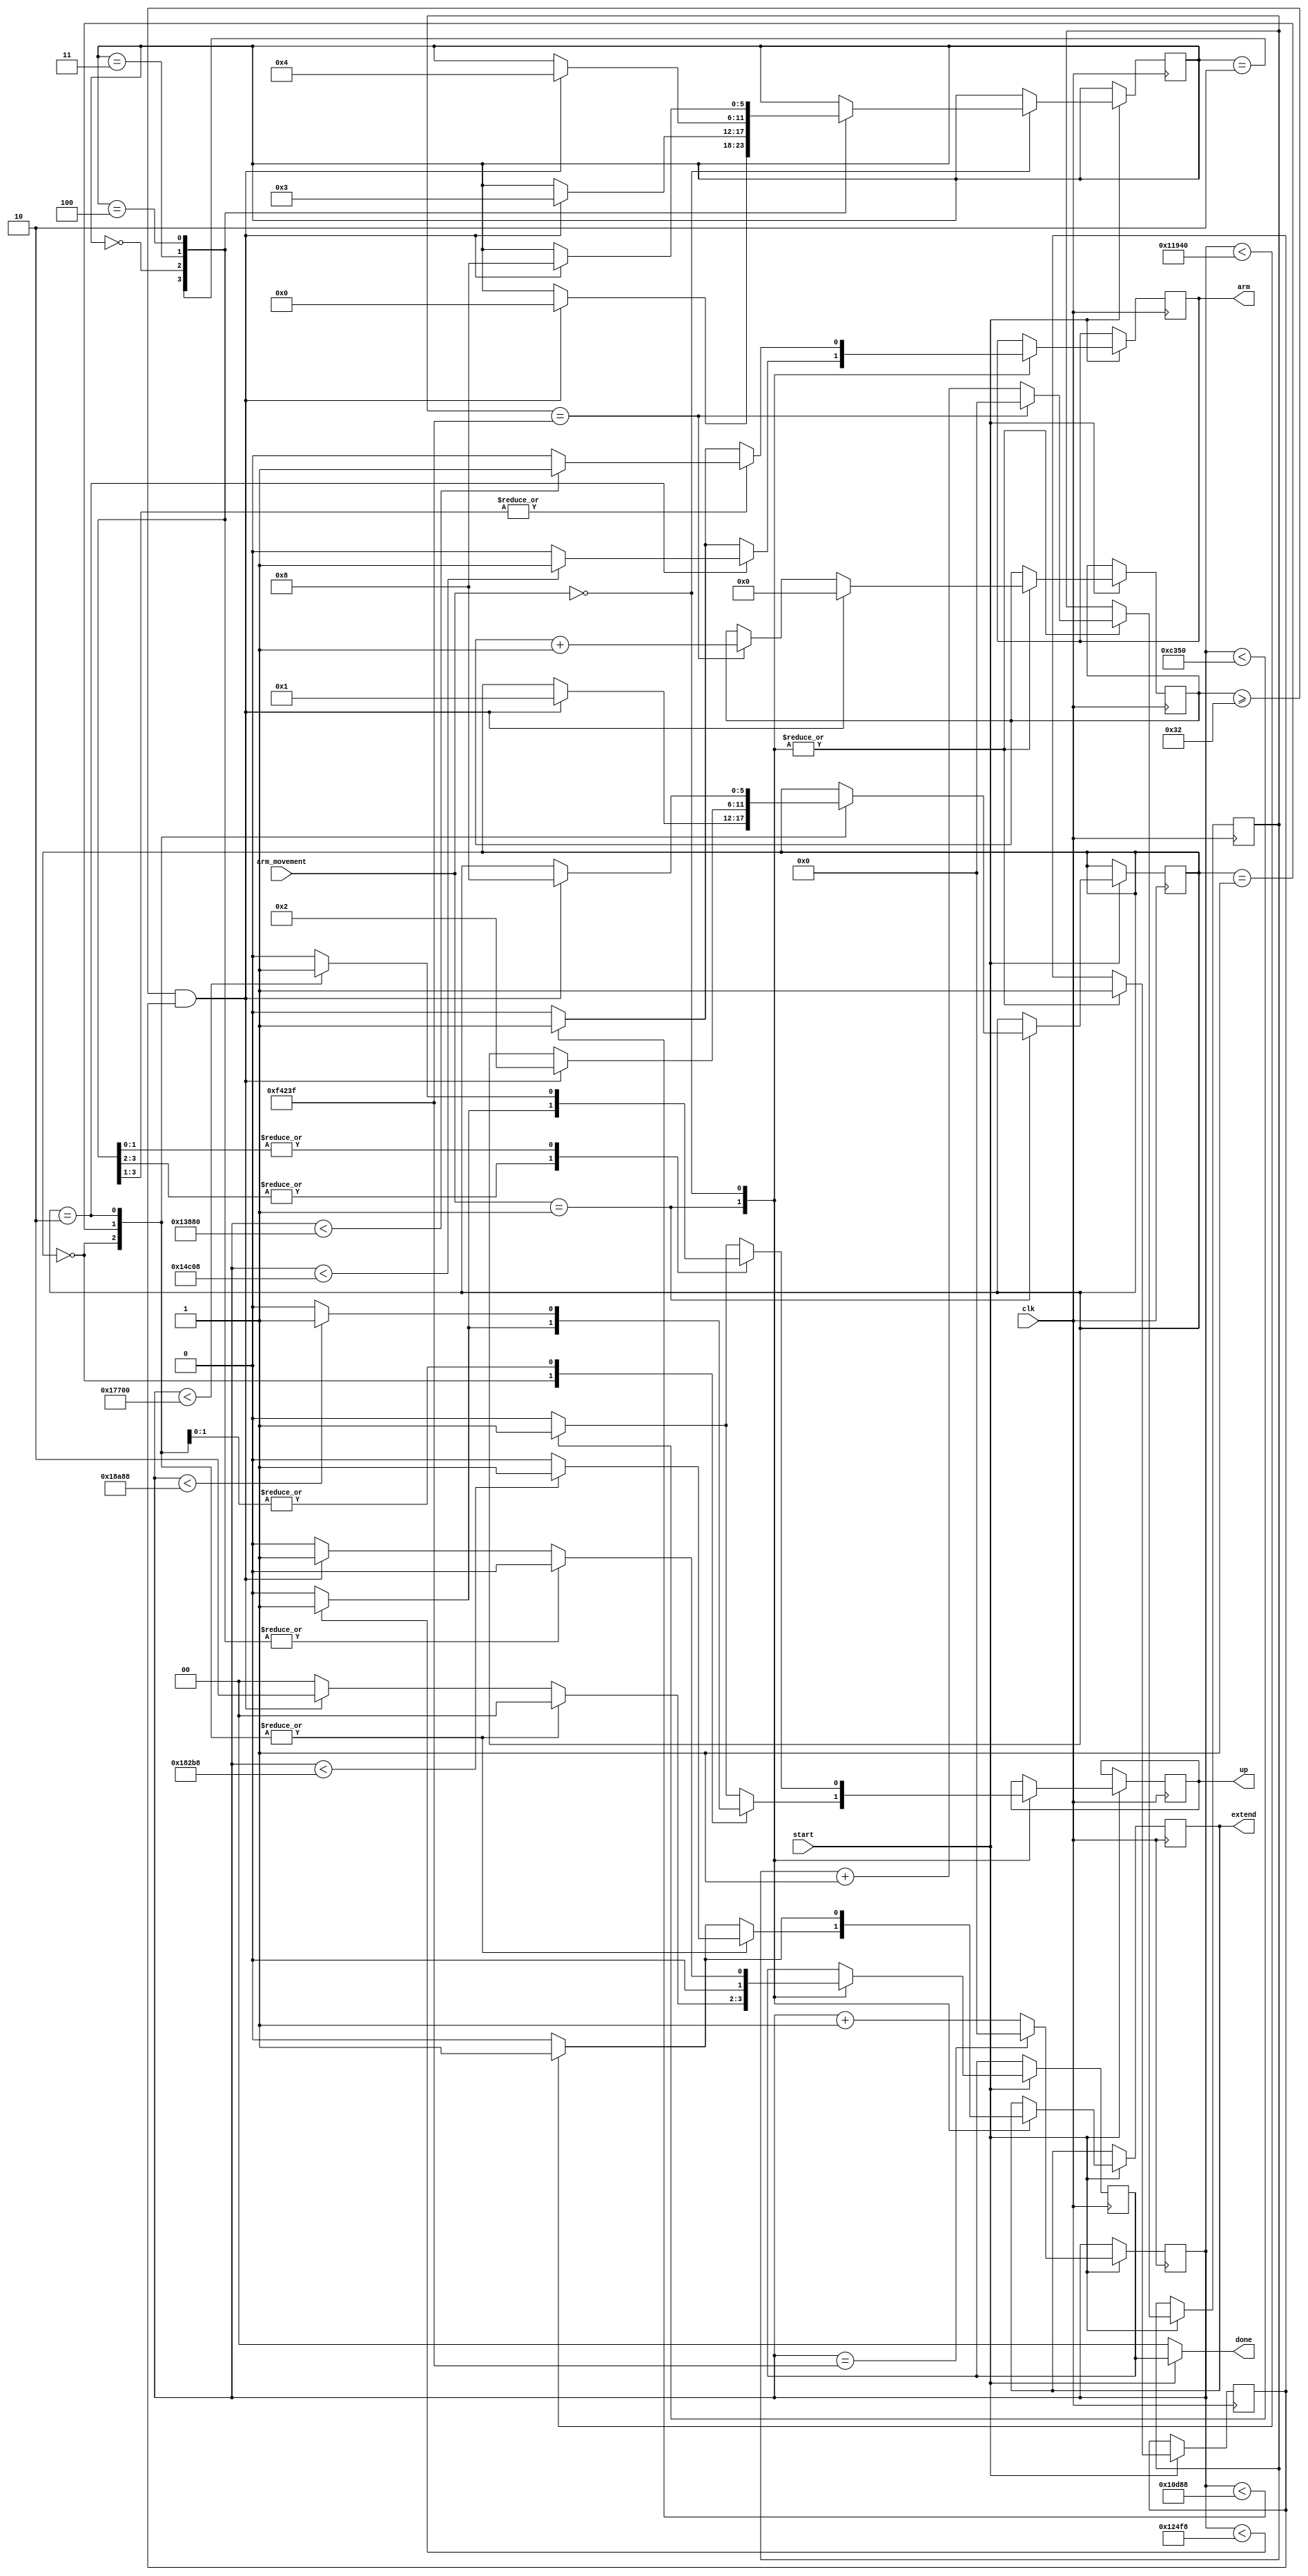
module SB_3320_pick_place(
	input clk,
	input start,
	input [5:0]arm_movement,
	output arm,
	output up,
	output extend,
	output [1:0]done
);
parameter 
	arm_extend = 6'd0,
	arm_up = 6'd1,
	arm_open = 6'd2,
	pick = 6'd3,
	grab = 6'd4,
	arm_movement_pick=6'd0,
	arm_movement_place=6'd1;

	
reg [20: 0] counter;
reg [5:0] state = 6'd0;
reg [5:0] state_2 = 6'd0;
reg servo_arm;
reg servo_up;
reg servo_extend;
reg done_current;
reg [1:0] done_temp=2'd0;
reg [20:0] clock_counter;
reg [10:0] clk_wait;

always @ (posedge clk) if(start==1'b1)


begin


	counter <= counter + 21'd1;
	if(counter == 21'd999999)
		counter <= 21'd0;

case(arm_movement)

	arm_movement_place  : begin
									done_temp = 2'd0;
									
									case(state_2)
									
										arm_extend: begin
															clock_counter <= clock_counter + 1;
															if(clock_counter == 21'd999999) begin
																clock_counter <= 0;
																clk_wait <= clk_wait + 1;
															end
															if(clk_wait >= 11'd50 && done_current) begin
																clk_wait <= 11'd0;
																done_current <= 1'd0;
																state_2 <= arm_up;
															end
															
															//condition for arm to extend (extend == open)
															if(counter < 21'd99000)
																servo_extend <= 1'b1;
															else
																servo_extend <= 1'b0;
																
																
															//all of the remaing states
															if(counter < 21'd69000) 
																servo_arm <= 1'b1;
															else	
																servo_arm <= 1'b0;
																
															if(counter < 21'd75000)
																servo_up <= 1'b1;
															else	
																servo_up <= 1'b0;
																
															done_current <= 1'd1;
														end
										
										
									arm_up: 		begin
															clock_counter <= clock_counter + 1;
															if(clock_counter == 21'd999999) begin
																clock_counter <= 0;
																clk_wait <= clk_wait + 1;
															end
															if(clk_wait >= 11'd50 && done_current) begin
																clk_wait <= 11'd0;
																done_current <= 1'd0;
																state_2 <= arm_open;
															end
															
															//arm is geeting down (up = open)
															if(counter < 21'd101000)
																servo_up <= 1'b1;
															else	
																servo_up <= 1'b0;
															
															//all the remaing states
															if(counter < 21'd69000) 
																servo_arm <= 1'b1;
															else	
																servo_arm <= 1'b0;
																
															if(counter < 21'd99000)
																servo_extend <= 1'b1;
															else
																servo_extend <= 1'b0;
																
															done_current <= 1'd1;
														end
										
								arm_open: 	begin 
														clock_counter <= clock_counter + 1;
														if(clock_counter == 21'd999999) begin
															clock_counter <= 0;
															clk_wait <= clk_wait + 1;
														end
														if(clk_wait >= 11'd50 && done_current) begin
															clk_wait <= 11'd0;
															done_current <= 1'd0;
															state_2 <= 6'd8;
														end
														
														
														//arm claw is beign open up (arm == open)
														
														if(counter < 21'd85000) 
															servo_arm <= 1'b1;
														else	
															servo_arm <= 1'b0;
														
														
														//all the remaing states
														if(counter < 21'd99000)
															servo_extend <= 1'b1;
														else
															servo_extend <= 1'b0;
															
															
														if(counter < 21'd101000)
															servo_up <= 1'b1;
														else	
															servo_up <= 1'b0;
															
															
														done_current <= 1'd1;
														
													end
											
											
							 default: begin
											
												clock_counter <= clock_counter + 1;
														if(clock_counter == 21'd999999) begin
															clock_counter <= 0;
															clk_wait <= clk_wait + 1;
														end
														if(clk_wait >= 11'd50 && done_current) begin
															clk_wait <= 11'd0;
															done_current <= 1'd0;
															done_temp=2'd2;
														end
												
											
												if(counter < 21'd69000) 
													servo_arm <= 1'b1;
												else	
													servo_arm <= 1'b0;
													
													
												if(counter < 21'd72000)
													servo_extend <= 1'b1;
												else
													servo_extend <= 1'b0;
													
													
												if(counter < 21'd50000)
													servo_up <= 1'b1;
												else	
													servo_up <= 1'b0;
													
												done_current <= 1'd1;
													
													
											end
										
										
									endcase	
												  end
	
arm_movement_pick : begin
							done_temp = 2'd0;
									case(state)
									arm_open: begin
										clock_counter <= clock_counter + 1;
									if(clock_counter == 21'd999999) begin
										clock_counter <= 0;
										clk_wait <= clk_wait + 1;
									end
									if(clk_wait >= 11'd50 && done_current) begin
										clk_wait <= 11'd0;
										done_current <= 1'd0;
										state <= arm_extend;

									end
									
										if(counter < 21'd80000)
											servo_arm <= 1;
									else
										servo_arm <= 0;
										
									//state of arm close

									if(counter < 21'd75000)
											servo_up <= 1;
									else 
											servo_up <= 0;


									if(counter < 21'd72000)
											servo_extend <= 1;
									else 
											servo_extend <= 0;
									
									done_current <= 1'd1;
									
								end

									arm_extend: begin
									clock_counter <= clock_counter + 1;
									if(clock_counter == 21'd999999) begin
										clock_counter <= 0;
										clk_wait <= clk_wait + 1;
									end
									if(clk_wait >= 11'd50 && done_current) begin
										clk_wait <= 11'd0;
										done_current <= 1'd0;
										state <= pick;
									end
									
										if(counter < 21'd72000)
											servo_extend <= 1;
									else 
											servo_extend <= 0;
											
									//all other  state of arm
									
									if(counter < 21'd80000)
											servo_arm <= 1;
									else
										servo_arm <= 0;
										
										
									if(counter < 21'd75000)
											servo_up <= 1;
									else 
											servo_up <= 0;
											
										
									
									done_current <= 1'b1;
									
								end
									pick: begin
									clock_counter <= clock_counter + 1;
									if(clock_counter == 21'd999999) begin
										clock_counter <= 0;
										clk_wait <= clk_wait + 1;
									end
									if(clk_wait >= 11'd50 && done_current) begin
										clk_wait <= 11'd0;
										done_current <= 1'd0;
										state <= grab;

									end
								//	if(done_current) begin
								//		state <= grab;
								//		done_current <= 1'b0;
								//	end
									

										
									if(counter < 21'd96000)
											servo_up <= 1;
									else 
											servo_up <= 0;
											
									//all other state		
									if(counter < 21'd80000)
											servo_arm <= 1;
									else
										servo_arm <= 0;
										
									if(counter < 21'd72000)
											servo_extend <= 1;
									else 
											servo_extend <= 0;

											
									done_current <= 1'b1;		
									end
									
									grab: begin
									clock_counter <= clock_counter + 1;
									if(clock_counter == 21'd999999) begin
										clock_counter <= 0;
										clk_wait <= clk_wait + 1;
									end
									if(clk_wait >= 11'd50 && done_current) begin
										clk_wait <= 11'd0;
										done_current <= 1'd0;
										state <= 6'd8;

									end
									
								//		if(done_current) begin 
								//			state <=2'd2;
								//			done_current <= 1'd0;
								//		end
										if(counter < 21'd69000)
											servo_arm <= 1;
										else
											servo_arm <= 0;
											
										//all other state
										if(counter < 21'd72000)
											servo_extend <= 1;
									else 
											servo_extend <= 0;

										if(counter < 21'd96000)
											servo_up <= 1;
									else 
											servo_up <= 0;
										
										done_current <= 1'b1;
									
									end
									
									default : begin 
									
													clock_counter <= clock_counter + 1;
														if(clock_counter == 21'd999999) begin
															clock_counter <= 0;
															clk_wait <= clk_wait + 1;
														end
														if(clk_wait >= 11'd50 && done_current) begin
															clk_wait <= 11'd0;
															done_current <= 1'd0;
															done_temp=2'd1;
														end
														
														
									
													if(counter < 21'd50000)
														servo_up <= 1;
												else 
														servo_up <= 0;


												if(counter < 21'd72000)
														servo_extend <= 1;
												else 
														servo_extend <= 0;
														
												if(counter < 21'd69000)
														servo_arm <= 1;
													else
														servo_arm <= 0;
														
													done_current <= 1'd1;
									end
									

								endcase
								
								
									end
endcase
	


end


assign done = (start)? done_temp:2'd0; 
assign arm = servo_arm;
assign up = servo_up;
assign extend = servo_extend;


endmodule